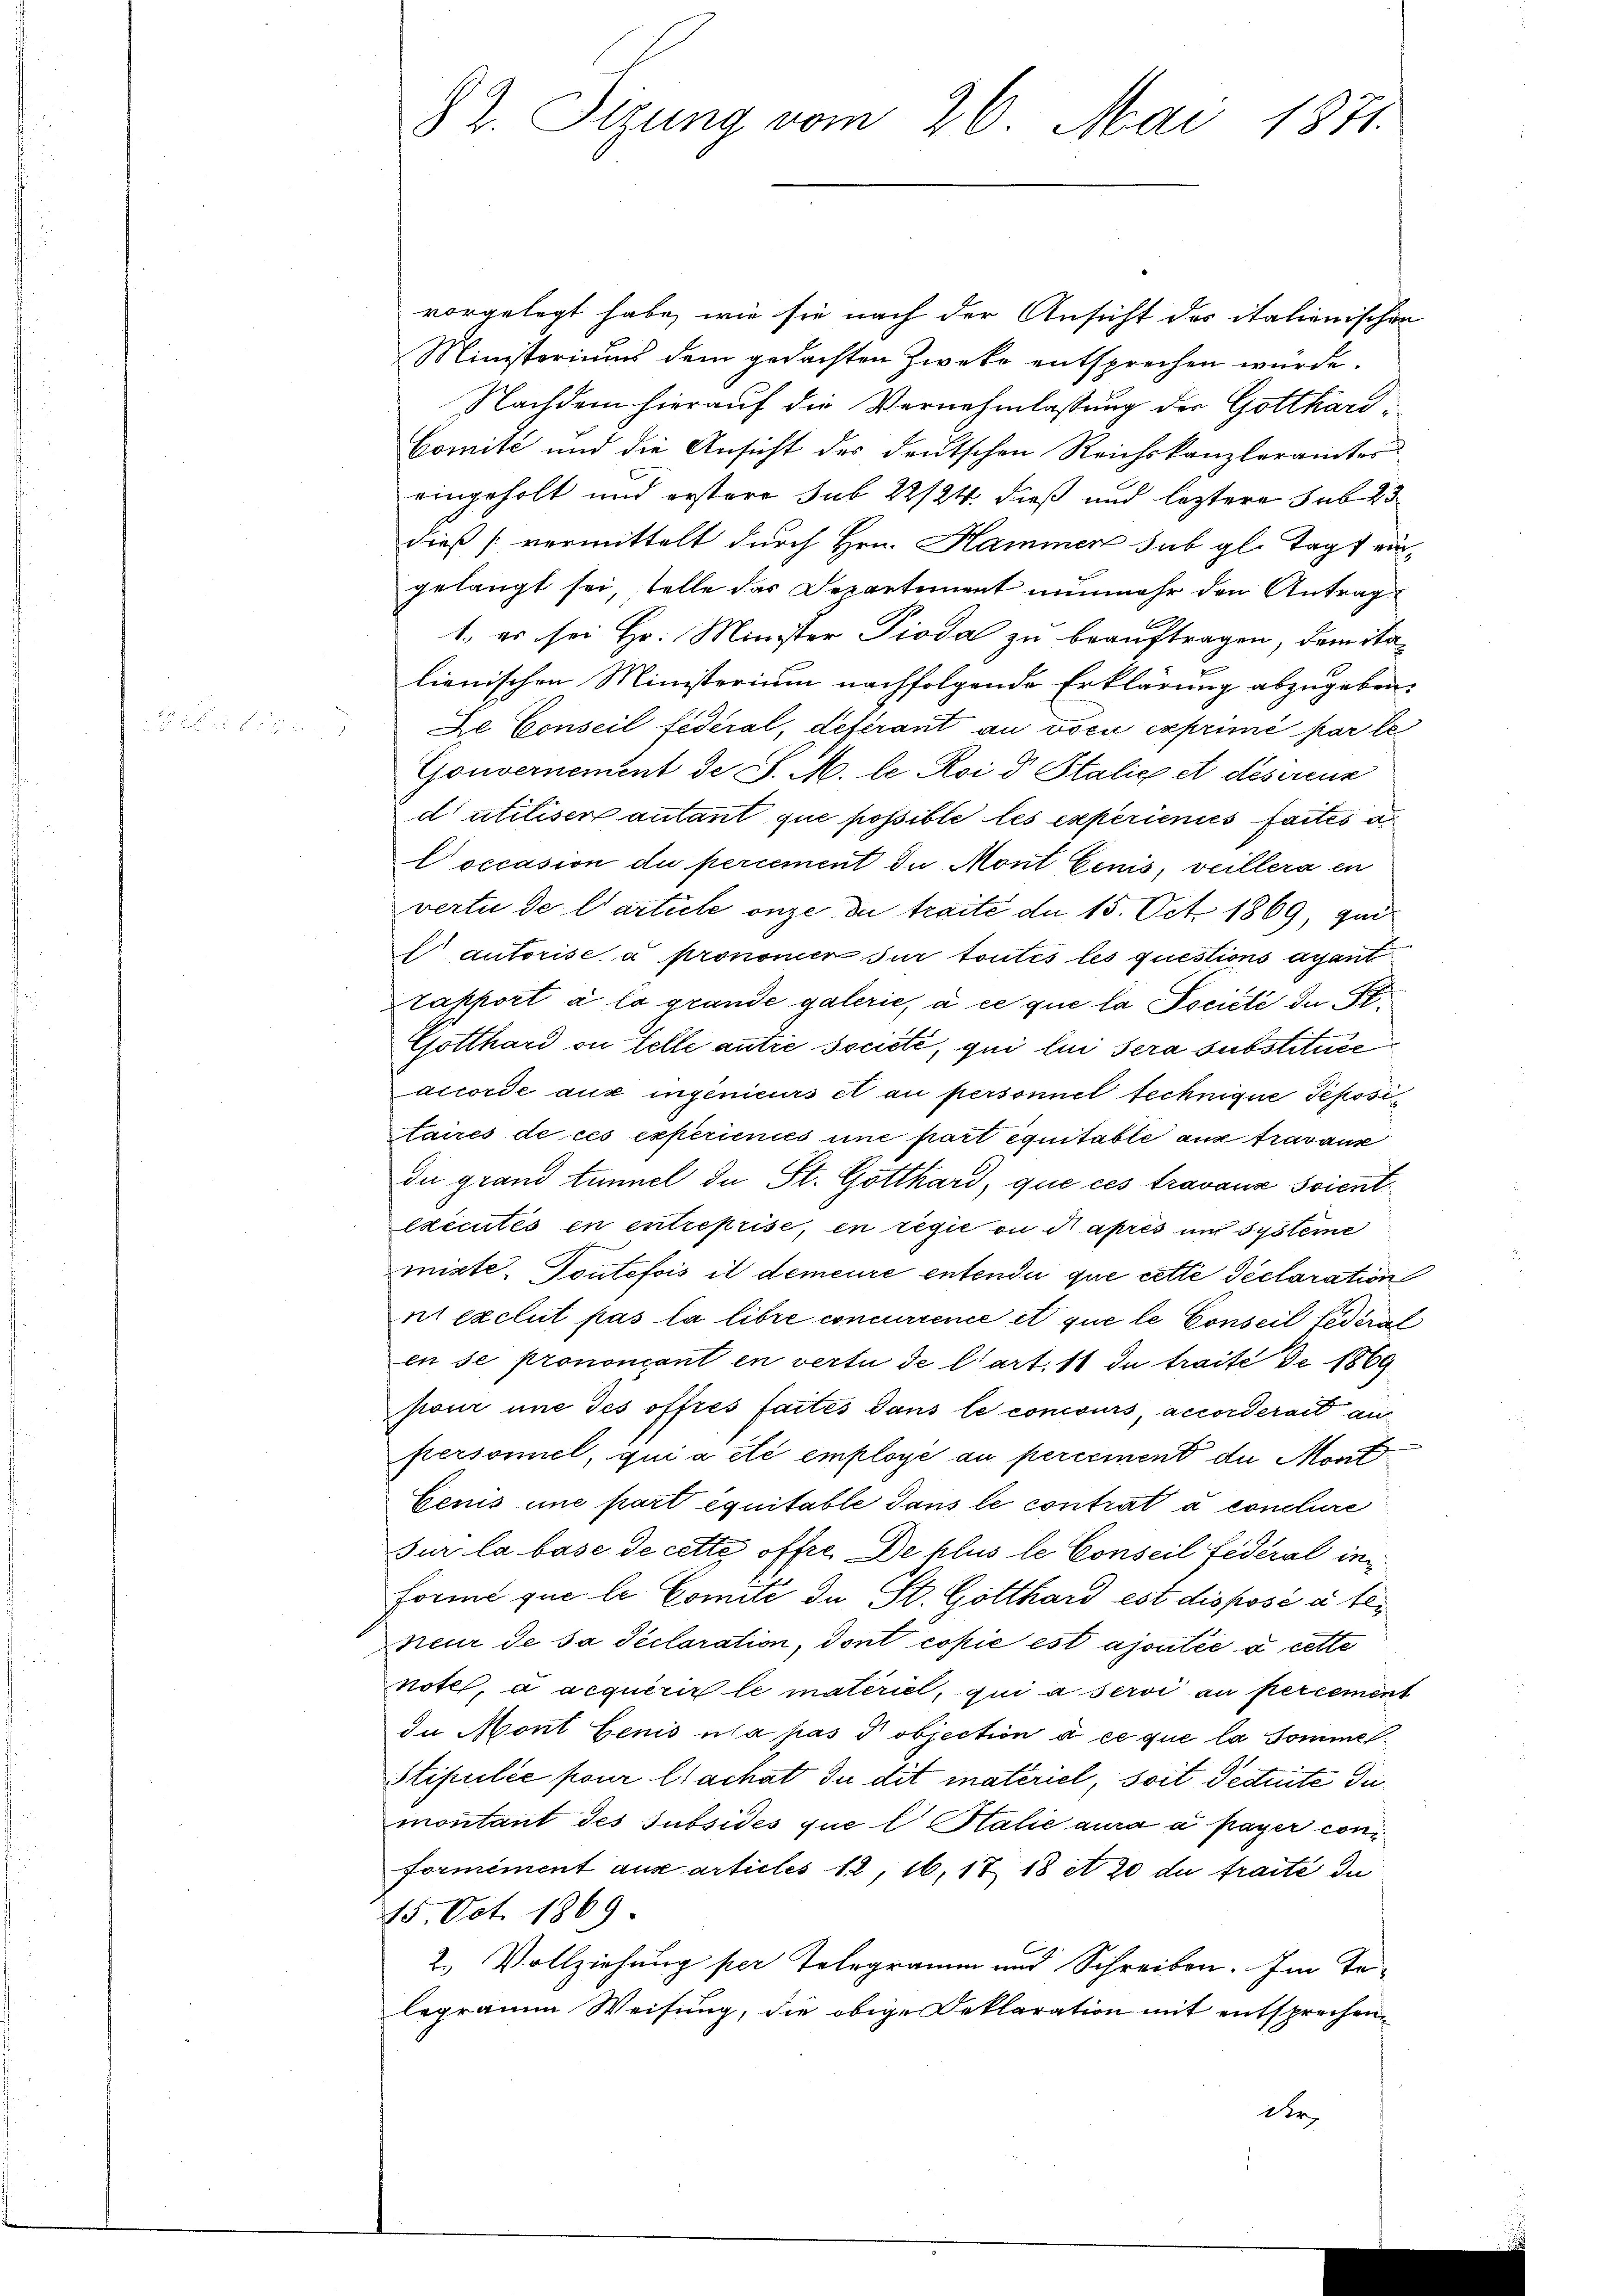
82. Sizung vom 26. Mai 1871.

vorgelegt habe, wie sie nach der Ansicht des italienischen
Ministeriums dem gedachten Zwecke entsprechen würde.
Nachdem hierauf die Vernehmlassung der Gotthard¬
Comité und die Ansicht des deutschen Reichskanzleramtes
eingeholt und erstere sub 22/24. dieß und leztere sub 23
dieß vermittelt durch Hrn. Hammer sub gl. Tags eingelangt sei, stelle das Departement nunmehr den Antrag
1., es sei Hr. Minister Pioda zu beauftragen, dem Stalienischen Ministerium nachfolgende Erklärung abzugeben.
De Conseil fédéral, deferant au voci exprimé par le
Gouvernement de S. M. le Roi d Stalie et deserenz
d’utiliser autant que possible les experienies faites a
Voccasion du percement zu Mont Einis, veillera en
vertu de l’article onze du traite de 15. Oct. 1869, ganautorise a pronomer sur toutes les questions ayant
Tapport à la grande galerie, à ce que la Pociété de St.
Gotthard in Felle antre société, qui lui sera substiture
accorde aus ingenieurs et au personnel technique Tepositaires de ces experienies une part équitable aus travau
du grand tunnel de St. Gotthard, que ces travaux soient
exécutés en entreprise, en regie an Naprés im Systeme
mixte Toutefois il demeure entendii que cette Declaration
ni exclut pas la libre concurrence et que le Conseil fédéral
en se prononcant en vertu de l’art. 11 du traité de 1869
pour une des offres faites dans le concours, accorderart au
personnel, qui a été employé au percement de Mon
Cenis une part équitable dans le contrat à conclure
sur la base de cette offre de plus le Conseil fédéral in
Forme que le Comité de St. Gotthard est disposé à teneur de sa Sectoration, dont copie est ajoutée à cette
note, a acquérir le materiel, qui a servi an percement
In Mont benis una pas d objection à ce que la Sommel
Stipulée pour lachat du dit materiel, soit dectuite die
montant des Subsides que l Stalie aura a payer conformément aux articles 12, 16, 17 18 et 20 du fraité du
15. Oct. 1869.
2.) Vollziehung per Telegramm und Schreiben. Im Telegramm Weisung, die obige Deklaration mit entsprechen
der